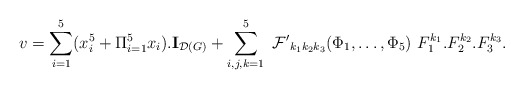
\begin{align*}v=\sum_{i=1}^{5}(x_{i}^{5}+\Pi _{i=1}^{5}x_{i}).{\bf I}_{{\cal D}\left(G\right) }+\sum_{i,j,k=1}^{5}\ {\cal F^{\prime }}_{k_{1}k_{2}k_{3}}(\Phi_{1},\dots ,\Phi _{5})\ F_{1}^{k_{1}}.F_{2}^{k_{2}}.F_{3}^{k_{3}}.\end{align*}